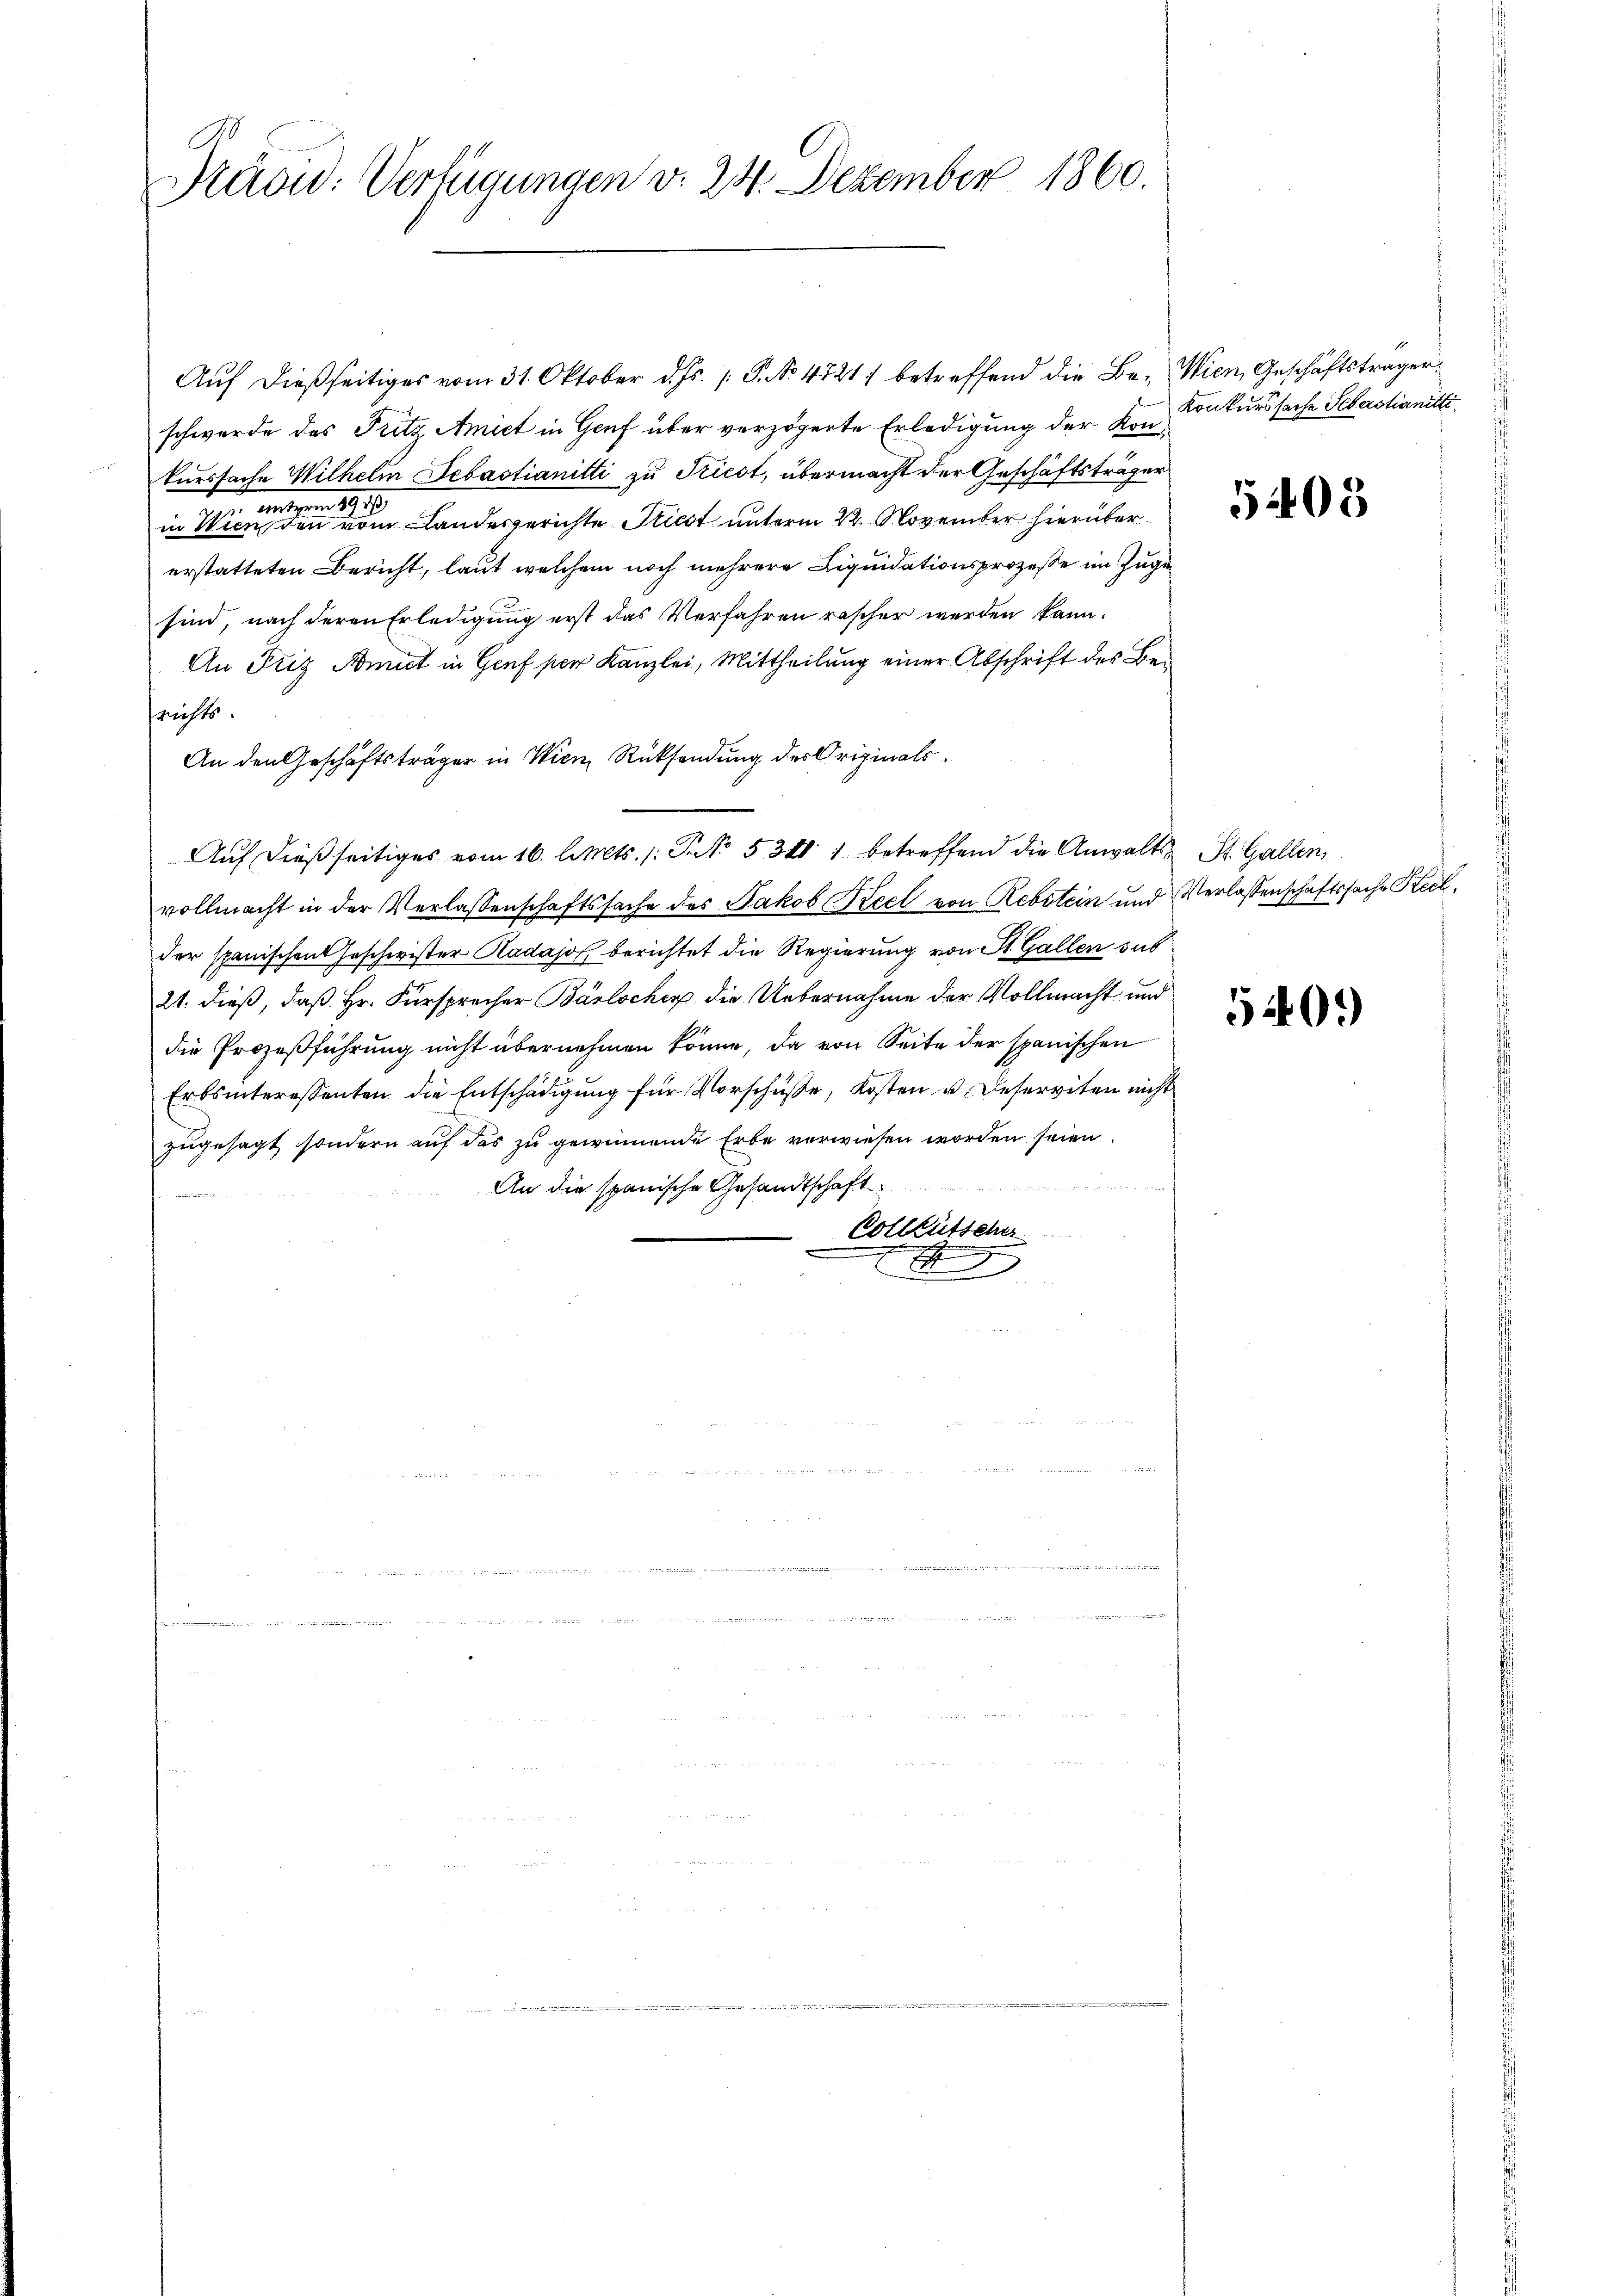
b
Prädid: Verfügungen v. 24. Dezember 1860.

Aŭf dießseitiges vom 31. Oktober d. Js. P. Nr. 47211 betreffend die Be- Wien, Geschäftsträger
schwerde das Fritz Amiet in Genf über verzögerte Erledigung der Kon Konkurssache Sebastianitti
kurssache Wilhelm Sebastianitti zu Triest, übermacht der Geschäftsträger
3
unterm
e
in Wien, den vom Landesgerichte Stiest unterm 22. November hierüber
erstatteten Bericht, laut welchem noch mehrere Liquidationsprozesse im Zuge
sind, nach deren Erledigung erst das Verfahren rascher werden kann.
An Friz Nomit in Genf per Kanzlei, Mittheilung einer Abschrift des Berichts.
An den Geschäftsträger in Wien, Rücksendung des Originals¬
Auf dießseitiges vom 16. l. Mts. /: Pct. 531 betreffend die Anwaltsvollmacht in der Verlassenschaftssache des Jakob Keel von Rebstein und Verlassenschaftssache Recl
der spanischen Geschwister Kadasof berichtet die Regierung von St. Gallen sub¬
21. dieß, daß Hr. Fürsprocher Baslocher die Uebernahme der Vollmacht und
die Prozeßführung nicht übernehmen könne, da von Seite der spanischen
Erbsinteressenten die Entschädigŭng für Vorschüße, Kosten u. Deserviten nicht
zugesagt, sondern auf das zu gewinnende Erbe verwiesen worden seien
An die spanische Gesandtschaft
fen und einen
Vollbütscher
A

d

5408

St. Gallen.

540.)